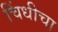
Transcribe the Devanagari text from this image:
चिंधीचा